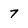
Character: 7